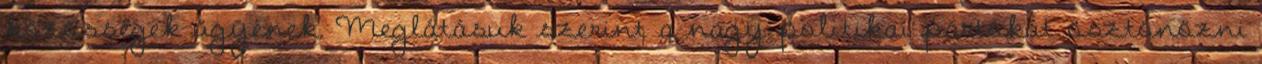
közösségek ügyének. Meglátásuk szerint a nagy politikai pártokat ösztönözni